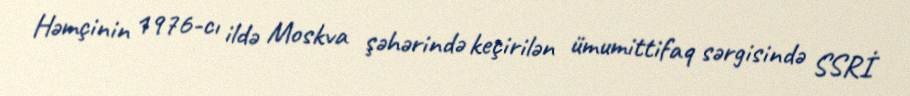
Həmçinin 1976-cı ildə Moskva şəhərində keçirilən ümumittifaq sərgisində SSRİ